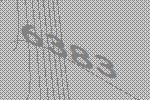
6383